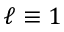
\ell \equiv 1